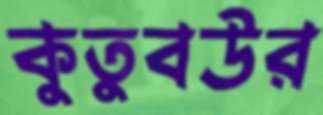
কুতুবউর